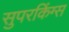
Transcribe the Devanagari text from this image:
सुपरकिंग्स